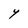
Character: Y